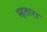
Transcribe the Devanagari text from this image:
म्हतारा